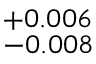
^ { + 0 . 0 0 6 } _ { - 0 . 0 0 8 }